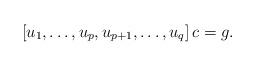
LaTeX: \begin{align*}\left[u_1, \dots, u_{p}, u_{p+1}, \dots, u_q\right] c = g.\end{align*}